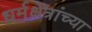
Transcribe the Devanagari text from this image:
धर्मक्षेत्रांच्या